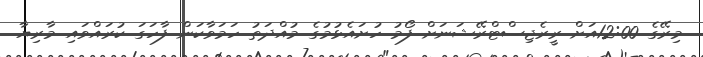
މިރޭގެ 12:00އަށް ރީރެޖިސްޓްރޭޝަނަށް ފޯމު ހުށައެޅުމުގެ މުއްދަތު ހަމަވާކަން ފާހަގަ ކުރައްވައި މާރިޔާ